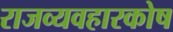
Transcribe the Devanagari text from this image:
राजव्यवहारकोष